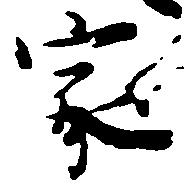
家